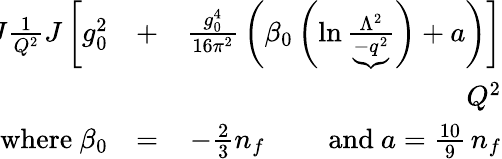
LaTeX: \begin{array}{rlr}{\! \! \! \! \! \! \! \! \! \! \! \! J{\frac{1}{Q^{2}}}J\left[\rule{0cm}{7mm}g_{0}^{2}\right.}&{+}&{\left.{\frac{g_{0}^{4}}{16\pi^{2}}}\left(\beta_{0}\left(\ln{\frac{\Lambda^{2}}{\underbrace{-q^{2}}}}\right)+a\right)\right]}\\ &{}&{\qquad\qquad\qquad\quad Q^{2}}\\ {\mathrm{where\ }\beta_{0}}&{=}&{-\frac 23n_{f}\mathrm{\qquad~and\ }a=\frac{10}9\, n_{f}}\end{array}